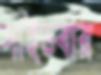
সাইডবার